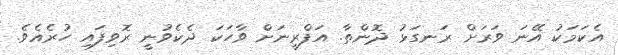
އެކަމަކު އޭނަ ވަރަށް ރަނގަޅު ދޮންތާ. އަފްރީނަށް ވާހަކަ ދެކެވުނީ ރޮވިފައި ހުރެއެވެ.